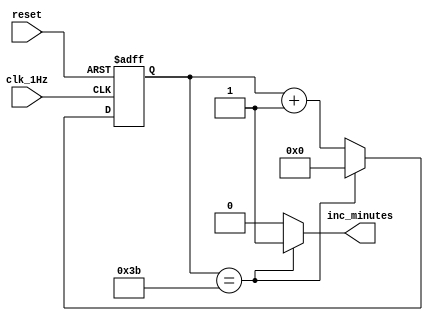
`timescale 1ns / 1ps

module seconds(
    input clk_1Hz,      // From oneHz_generator
    input reset,
    output inc_minutes  // To minutes
    );
    
    reg [5:0] sec_ctr = 0;
    
    always @(posedge clk_1Hz or posedge reset) begin
        if(reset)
            sec_ctr <= 0;
        else
            if(sec_ctr == 59) 
                sec_ctr <= 0;
            else
                sec_ctr <= sec_ctr + 1;
    end
    
    assign inc_minutes = (sec_ctr == 59) ? 1 : 0;
    
endmodule